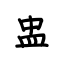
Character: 盅